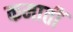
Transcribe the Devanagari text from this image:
कमातीं